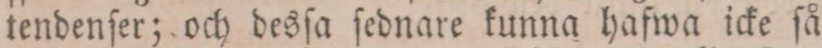
tendenſer; och desſa ſednare kunna hafwa icke ſå